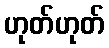
ဟုတ်ဟုတ်